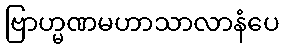
ဗြာဟ္မဏမဟာသာလာနံပေ